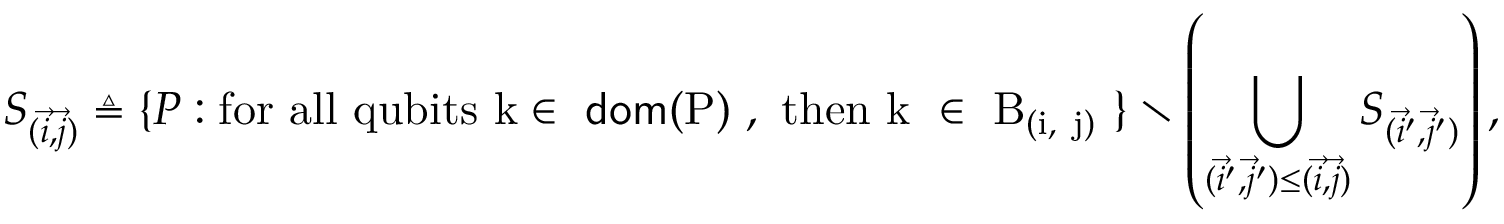
S _ { ( \vec { i } , \vec { j } ) } \triangleq \{ P : \mathrm { f o r ~ a l l ~ q u b i t s ~ k \in ~ \mathsf { d o m } ( P ) ~ , ~ t h e n ~ k ~ \in ~ B _ { ( \vec { i } , ~ \vec { j } ) } ~ } \} \setminus \left( \bigcup _ { ( \vec { i } ^ { \prime } , \vec { j } ^ { \prime } ) \leq ( \vec { i } , \vec { j } ) } S _ { ( \vec { i } ^ { \prime } , \vec { j } ^ { \prime } ) } \right) ,